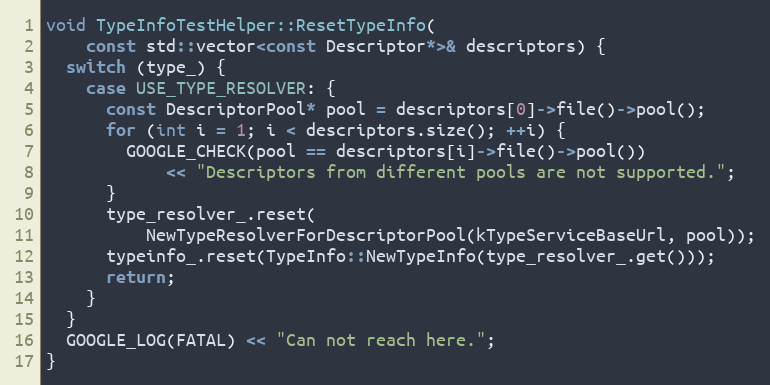
Language: C++
void TypeInfoTestHelper::ResetTypeInfo(
    const std::vector<const Descriptor*>& descriptors) {
  switch (type_) {
    case USE_TYPE_RESOLVER: {
      const DescriptorPool* pool = descriptors[0]->file()->pool();
      for (int i = 1; i < descriptors.size(); ++i) {
        GOOGLE_CHECK(pool == descriptors[i]->file()->pool())
            << "Descriptors from different pools are not supported.";
      }
      type_resolver_.reset(
          NewTypeResolverForDescriptorPool(kTypeServiceBaseUrl, pool));
      typeinfo_.reset(TypeInfo::NewTypeInfo(type_resolver_.get()));
      return;
    }
  }
  GOOGLE_LOG(FATAL) << "Can not reach here.";
}